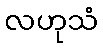
လဟုသံ